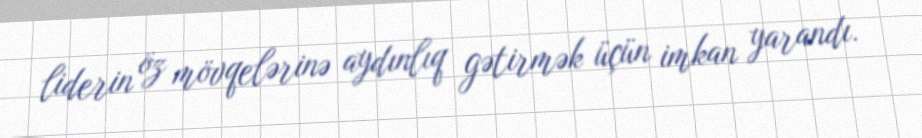
liderin öz mövqelərinə aydınlıq gətirmək üçün imkan yarandı.